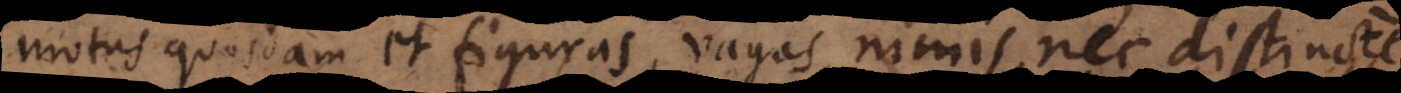
motus quosdam et figuras, vagas nimis nec distincte